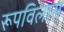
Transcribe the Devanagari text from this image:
रूपविलास